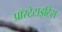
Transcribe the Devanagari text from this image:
प्रॉस्टेटाइटिस